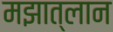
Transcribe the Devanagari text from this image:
मझात्लान